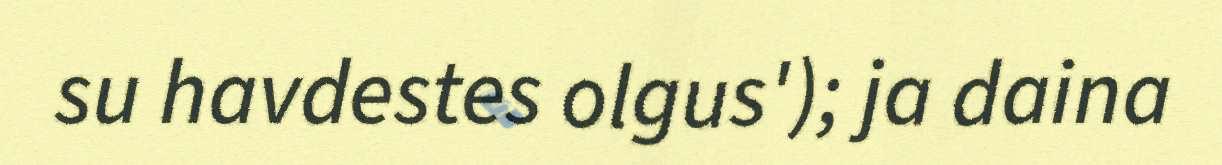
su havdestes olgus'); ja daina